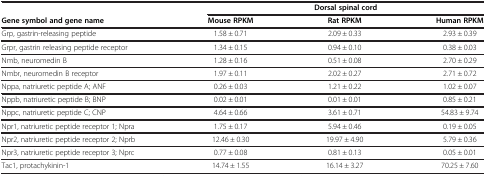
<table><thead><tr><td><b> </b></td><td colspan="3"><b>Dorsal spinal cord</b></td></tr><tr><td><b>Gene symbol and gene name</b></td><td><b>Mouse RPKM</b></td><td><b>Rat RPKM</b></td><td><b>Human RPKM</b></td></tr></thead><tbody><tr><td>Grp, gastrin-releasing peptide</td><td>1.58 ± 0.71</td><td>2.09 ± 0.33</td><td>2.93 ± 0.39</td></tr><tr><td>Grpr, gastrin releasing peptide receptor</td><td>1.34 ± 0.15</td><td>0.94 ± 0.10</td><td>0.38 ± 0.03</td></tr><tr><td>Nmb, neuromedin B</td><td>1.28 ± 0.16</td><td>0.51 ± 0.08</td><td>2.70 ± 0.29</td></tr><tr><td>Nmbr, neuromedin B receptor</td><td>1.97 ± 0.11</td><td>2.02 ± 0.27</td><td>2.71 ± 0.72</td></tr><tr><td>Nppa, natriuretic peptide A; ANF</td><td>0.26 ± 0.03</td><td>1.21 ± 0.22</td><td>1.02 ± 0.07</td></tr><tr><td>Nppb, natriuretic peptide B; BNP</td><td>0.02 ± 0.01</td><td>0.01 ± 0.01</td><td>0.85 ± 0.21</td></tr><tr><td>Nppc, natriuretic peptide C; CNP</td><td>4.64 ± 0.66</td><td>3.61 ± 0.71</td><td>54.83 ± 9.74</td></tr><tr><td>Npr1, natriuretic peptide receptor 1; Npra</td><td>1.75 ± 0.17</td><td>5.94 ± 0.46</td><td>0.19 ± 0.05</td></tr><tr><td>Npr2, natriuretic peptide receptor 2; Nprb</td><td>12.46 ± 0.30</td><td>19.97 ± 4.90</td><td>5.79 ± 0.36</td></tr><tr><td>Npr3, natriuretic peptide receptor 3; Nprc</td><td>0.77 ± 0.08</td><td>0.81 ± 0.13</td><td>0.05 ± 0.01</td></tr><tr><td>Tac1, protachykinin-1</td><td>14.74 ± 1.55</td><td>16.14 ± 3.27</td><td>70.25 ± 7.60</td></tr></tbody></table>